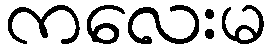
ကလေးမ